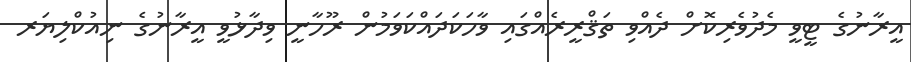
އީރާނުގެ ޓީވީ މެދުވެރިކޮށް ދެއްވި ތަޤްރީރެއްގައި ވާހަކަދައްކަވަމުން ރޫހާނީ ވިދާޅުވީ އީރާނުގެ ނިއުކްލިޔަރ